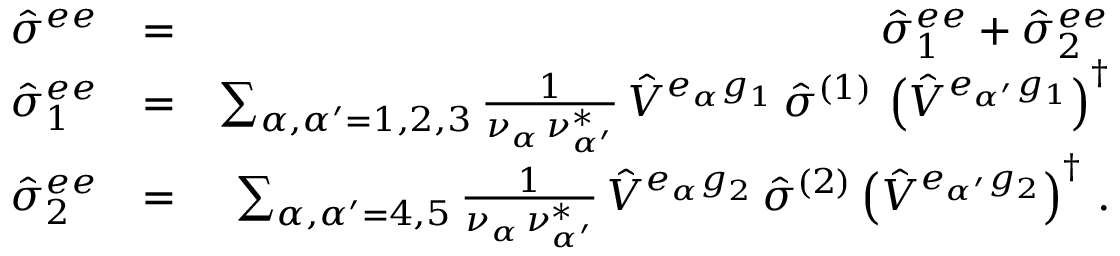
\begin{array} { r l r } { { \hat { \sigma } } ^ { e e } } & { = } & { { \hat { \sigma } } _ { 1 } ^ { e e } + { \hat { \sigma } } _ { 2 } ^ { e e } } \\ { { \hat { \sigma } } _ { 1 } ^ { e e } } & { = } & { \sum _ { { \alpha } , { \alpha ^ { \prime } } = 1 , 2 , 3 } \frac { 1 } { \nu _ { \alpha } \, \nu _ { \alpha ^ { \prime } } ^ { * } } \, { \hat { V } } ^ { e _ { \alpha } g _ { 1 } } \, { \hat { \sigma } } ^ { ( 1 ) } \, \left( { \hat { V } } ^ { e _ { \alpha ^ { \prime } } g _ { 1 } } \right) ^ { \dagger } } \\ { { \hat { \sigma } } _ { 2 } ^ { e e } } & { = } & { \sum _ { { \alpha } , { \alpha ^ { \prime } } = 4 , 5 } \frac { 1 } { \nu _ { \alpha } \, \nu _ { \alpha ^ { \prime } } ^ { * } } \, { \hat { V } } ^ { e _ { \alpha } g _ { 2 } } \, { \hat { \sigma } } ^ { ( 2 ) } \left( { \hat { V } } ^ { e _ { \alpha ^ { \prime } } g _ { 2 } } \right) ^ { \dagger } \, . } \end{array}